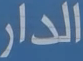
الدار